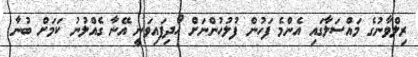
ރިލްވާނުގެ މައްސަލާގައި އެންމެ ފަހުން ފުލުހުންނަށް ހޯދިފައިވަނީ އޭނާ ގެއްލުނު ކަމަށް ބުނާ